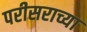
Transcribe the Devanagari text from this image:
परीसराच्या